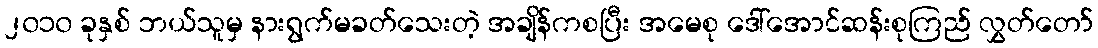
၂၀၁၀ ခုနှစ် ဘယ်သူမှ နားရွက်မခတ်သေးတဲ့ အချိန်ကစပြီး အမေစု ဒေါ်အောင်ဆန်းစုကြည် လွှတ်တော်